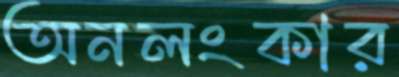
অনলংকার